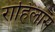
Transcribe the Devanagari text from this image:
राहिलास